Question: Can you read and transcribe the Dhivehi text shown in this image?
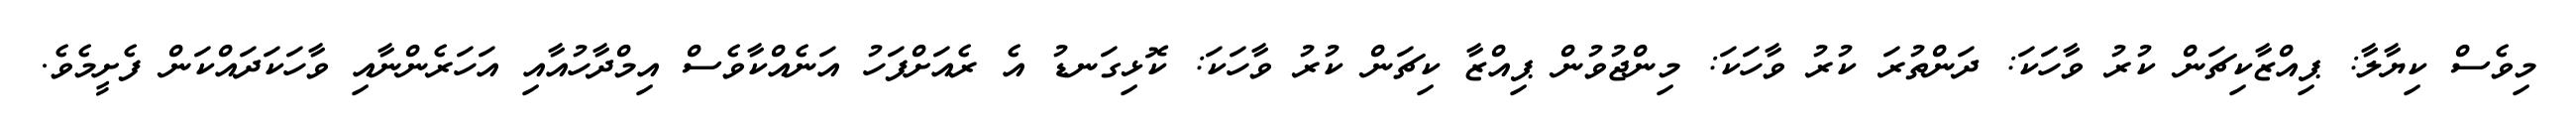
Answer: މިވެސް ކިޔާލާ: ޕިއްޒާކިޗަން ކުރު ވާހަކަ: ދަންތުރަ ކުރު ވާހަކަ: މިންޖުވުން ޕިއްޒާ ކިޗަން ކުރު ވާހަކަ: ކޮޅިގަނޑު އެ ރެއަށްފަހު އަނެއްކާވެސް އިމްދާހުއާއި އަހަރެންނާއި ވާހަކަދައްކަން ފެށީމެވެ.